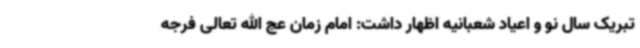
تبریک سال نو و اعیاد شعبانیه اظهار داشت: امام زمان عج الله تعالی فرجه